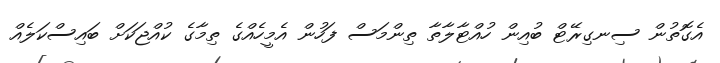
އެގޮތުން ސިނގިރޭޓް ބުއިން ހުއްޓާލާތާ ތިންމަސް ފަހުން އެމީހެއްގެ ތިމާގެ ކުއްޖަކަށް ބައިސްކަލެއް